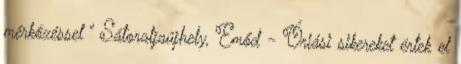
mérkőzéssel ” Sátoraljaújhely, Emőd - Óriási sikereket értek el